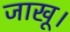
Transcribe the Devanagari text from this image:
जाखू।